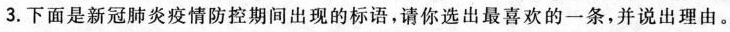
3.下面是新冠肺炎疫情防控期间出现的标语，请你选出最喜欢的一条，并说出理由。